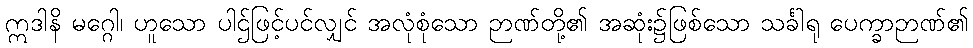
ဣဒါနိ မဂ္ဂေါ၊ ဟူသော ပါဌ်ဖြင့်ပင်လျှင် အလုံစုံသော ဉာဏ်တို့၏ အဆုံး၌ဖြစ်သော သင်္ခါရု ပေက္ခာဉာဏ်၏